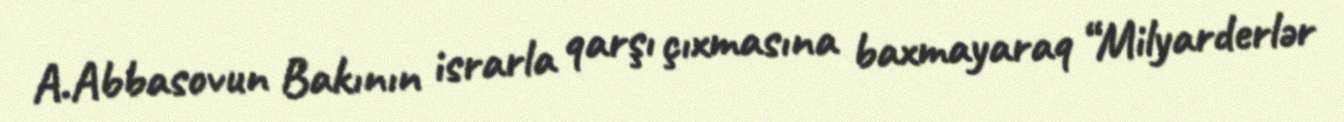
A.Abbasovun Bakının israrla qarşı çıxmasına baxmayaraq “Milyarderlər